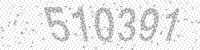
Solution: 510391